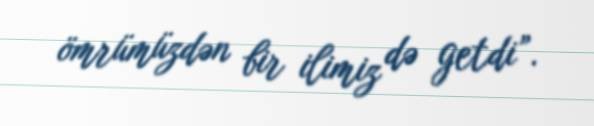
ömrümüzdən bir ilimiz də getdi”.